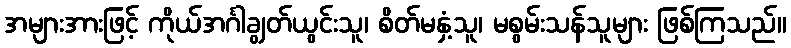
အများအားဖြင့် ကိုယ်အင်္ဂါချွတ်ယွင်းသူ၊ စိတ်မနှံ့သူ၊ မစွမ်းသန်သူများ ဖြစ်ကြသည်။